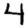
Digit: 4